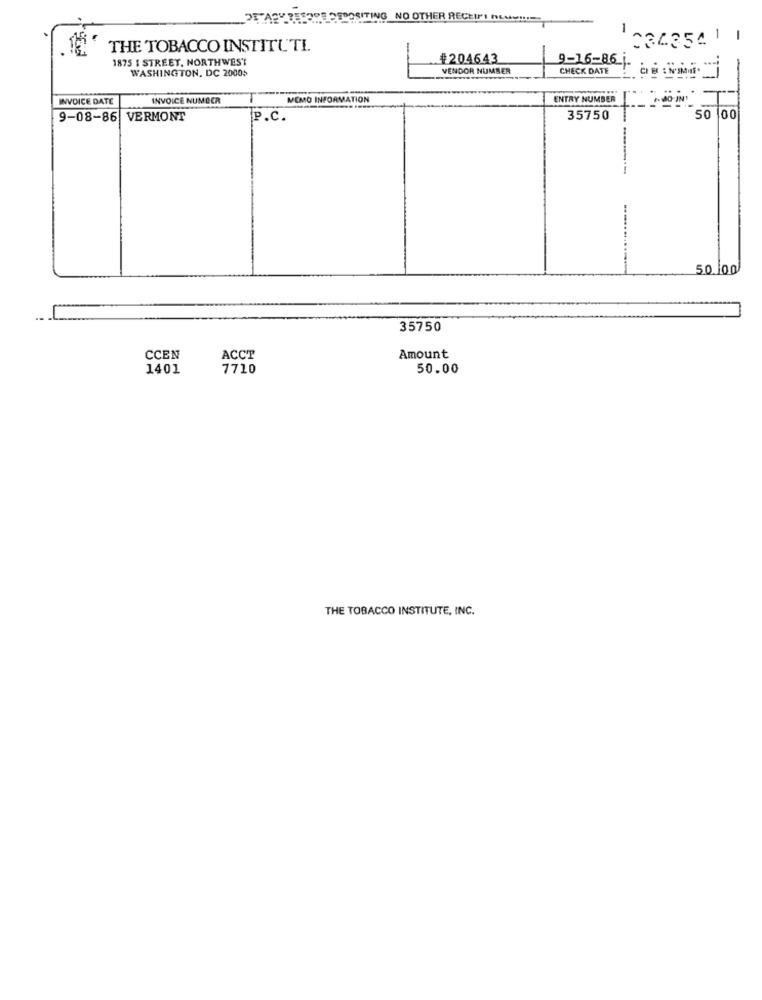
NG_NO OTHER RECEIPT NEMe !!!!
034354
THE TOBACCO INSTITUTI.
1875 I STREET, NORTHWEST
#204643
9-16-86 j.
WASHINGTON, DC 2000$
VENDOR NUMBER
CHECK DATE
INVOICE DATE
INVOICE NUMBER
MEMO INFORMATION
ENTRY NUMBER
9-08-86 VERMONT
P.C.
35750
50
00
50.00
35750
CCEN
ACCT
Amount
1401
7710
50.00
THE TOBACCO INSTITUTE, INC.